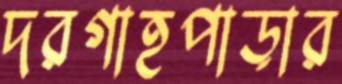
দরগাহপাড়ার